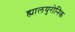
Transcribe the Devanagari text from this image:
ह्यालयुरोनिक